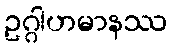
ဥဂ္ဂါဟမာနဿ